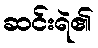
ဆင်းရဲ၏